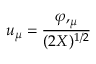
u _ { \mu } = { \frac { \varphi , _ { \mu } } { ( 2 X ) ^ { 1 / 2 } } }